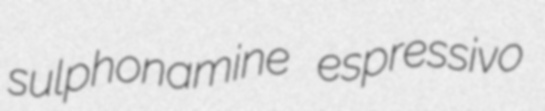
sulphonamine espressivo